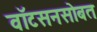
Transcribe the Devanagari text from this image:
वाॅटसनसोबत